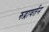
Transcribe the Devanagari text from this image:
रुद्रावर्तन